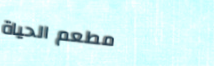
مطعم الحياة